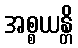
အစ္စယန္တိ